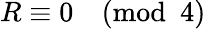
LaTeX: R\equiv 0{\pmod{4}}